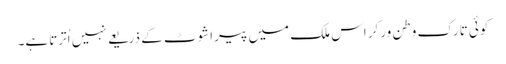
کوئی تارکِ وطن ورکر اس ملک میں پیراشوٹ کے ذریعے نہیں اُترتاہے۔